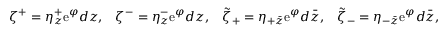
\begin{array} { l l l l } { { \zeta ^ { + } = \eta _ { z } ^ { + } \mathrm { e } ^ { \varphi } d z , } } & { { \zeta ^ { - } = \eta _ { z } ^ { - } \mathrm { e } ^ { \varphi } d z , } } & { { \tilde { \zeta } _ { + } = \eta _ { + \bar { z } } \mathrm { e } ^ { \varphi } d \bar { z } , } } & { { \tilde { \zeta } _ { - } = \eta _ { - \bar { z } } \mathrm { e } ^ { \varphi } d \bar { z } , } } \end{array}